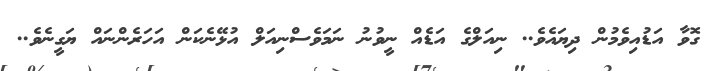
ގޮވާ އަޑުއިވެމުން ދިޔައެވެ.. ނިއަލްގެ އަޑެއް ނީވުނު ނަމަވެސްނިއަލް އުޅޭނެކަން އަހަރެންނައް ޔަގީނެވެ..